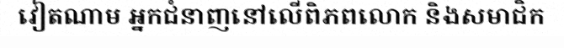
វៀតណាម អ្នកជំនាញនៅលើពិភពលោក និងសមាជិក